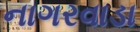
નાગરવાડા